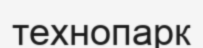
технопарк